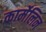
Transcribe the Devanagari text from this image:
कार्मेलिन